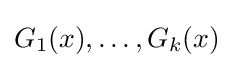
G_{1}(x),\ldots ,G_{k}(x)